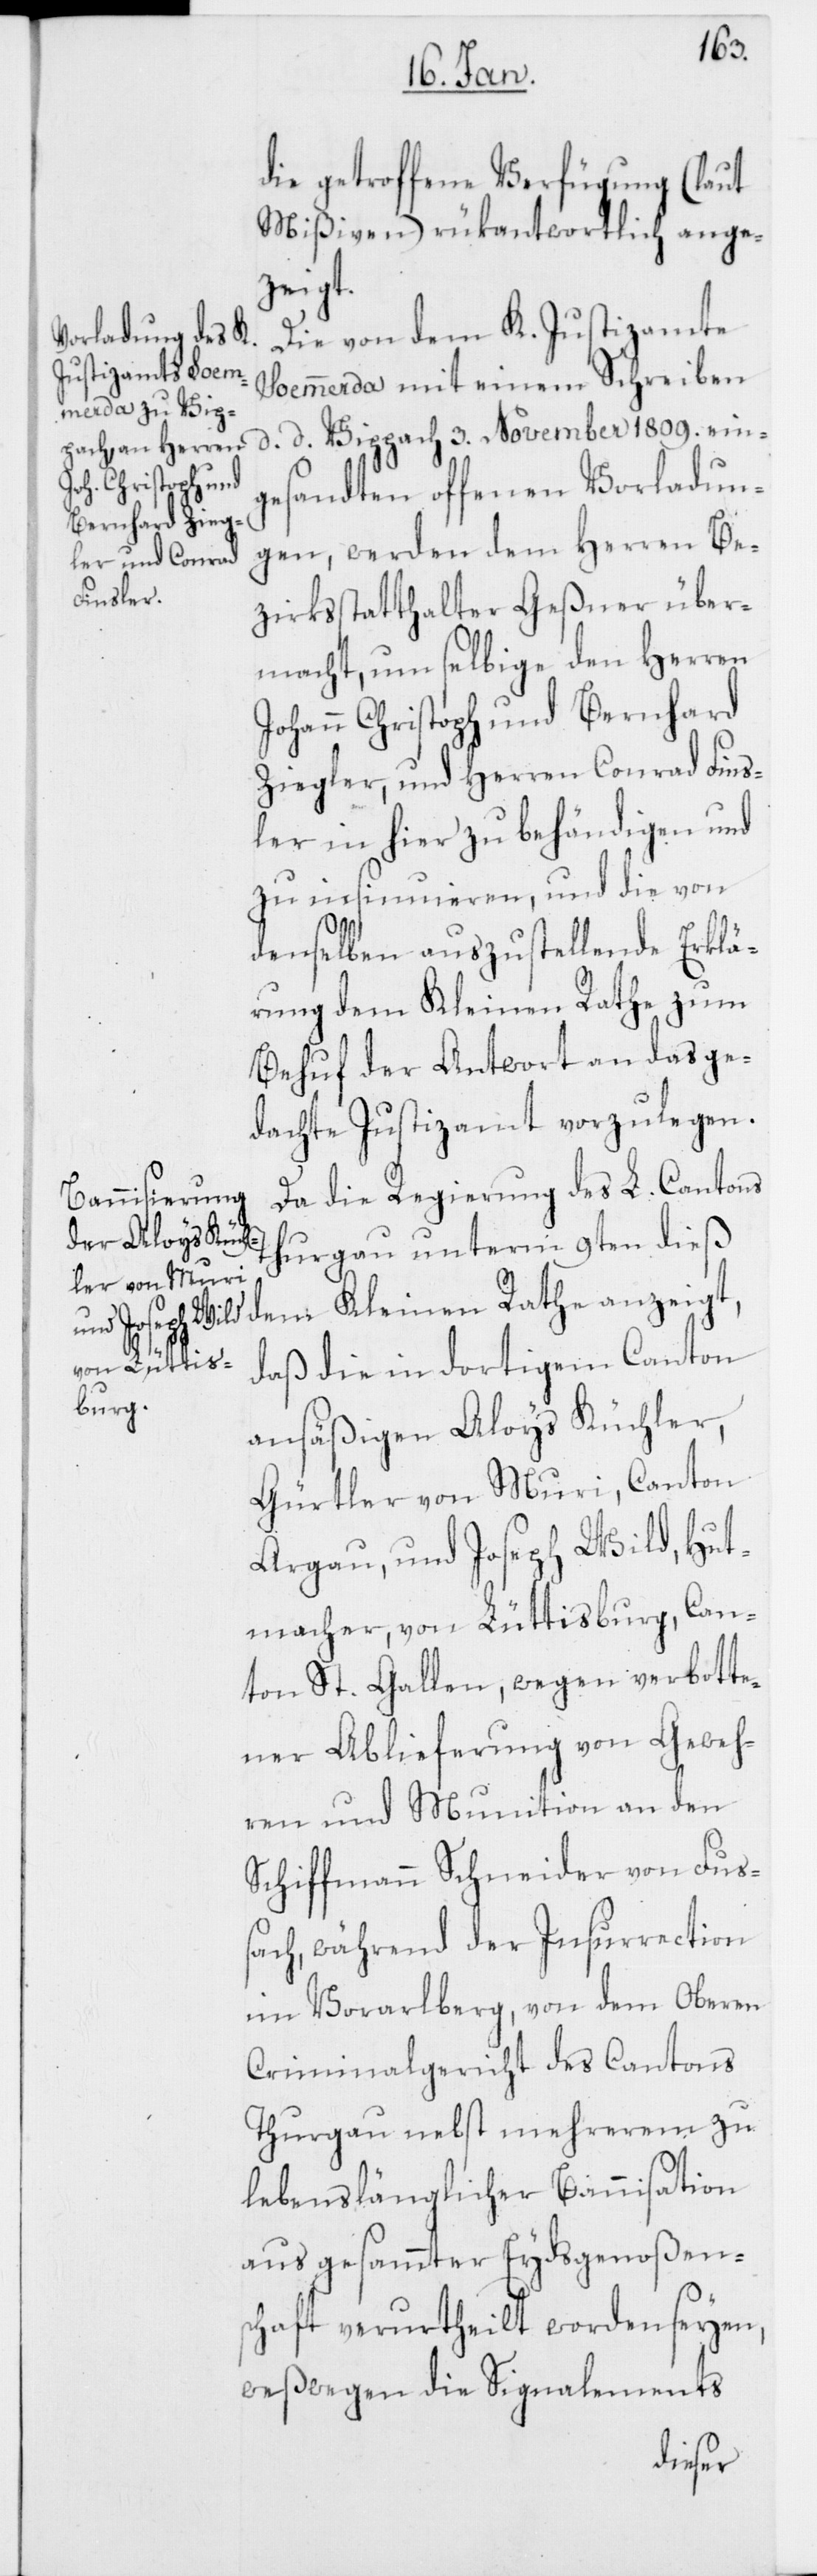
die getroffene Verfügung (laut
Mißiven) rükantwortlich ange¬
zeigt.
Die von dem K. Justizamte
Soemmerda mit einem Schreiben
d. d. Vippach 3. November 1809. ein¬
gesandten offenen Vorladun¬
gen, werden dem Herren Be¬
zirksstatthalter Geßner über¬
macht, um selbige den Herren
Johann Christoph und Bernhard
Ziegler, und Herren Conrad Fins¬
ler in hier zu behändigen und
zu insinuieren, und die von
denselben auszustellende Erklä¬
rung dem Kleinen Rathe zum
Behuf der Antwort an das ge¬
dachte Justizamt vorzulegen.
Da die Regierung des L. Cantons
Thurgau unterm 9ten dieß
Kleinen Rathe anzeigt,
daß die in dortigem Canton
ansäßigen Aloys Küchler,
Gürtler von Muri, Canton
Argau, und Joseph Wild, Hut¬
macher, von Lüttisburg, Can¬
ton St. Gallen, wegen verbotte¬
ner Ablieferung von Geweh¬
ren und Munition an den
Schiffmann Schneider von Fuß¬
ach, während der Insurrection
im Vorarlberg, von dem Oberen
Criminalgericht des Cantons
Thurgau nebst mehrerem zu
lebenslänglicher Bannisation
aus gesammter Eydsgenoßen¬
schaft verurtheilt worden seyen,
weßwegen die Signalements